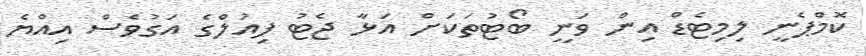
ކޮމްޕެނީ ލިމިޓެޑް އިން ވަނީ ބޯޓުތަކަށް އަޅާ ޖެޓު ފިއުލްގެ އަގުވެސް އިއްޔެ